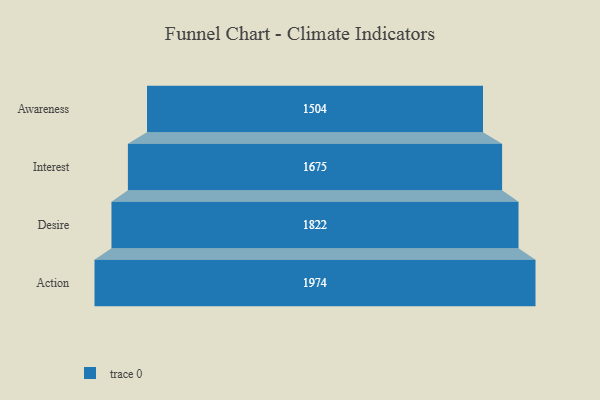
{"axis": {"x": "Stage", "y": "Value"}, "legend": [""], "data": [{"x": "Awareness", "y": 1504.0, "type": ""}, {"x": "Interest", "y": 1675.0, "type": ""}, {"x": "Desire", "y": 1822.0, "type": ""}, {"x": "Action", "y": 1974.0, "type": ""}]}